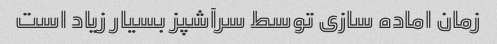
زمان اماده سازی توسط سرآشپز بسیار زیاد است